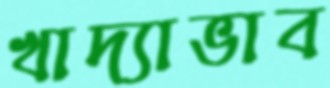
খাদ্যাভাব